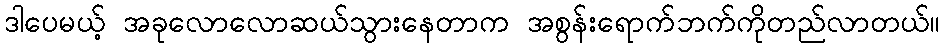
ဒါပေမယ့် အခုလောလောဆယ်သွားနေတာက အစွန်းရောက်ဘက်ကိုတည်လာတယ်။